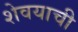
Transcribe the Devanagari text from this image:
शेवयाची